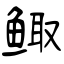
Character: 鲰